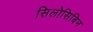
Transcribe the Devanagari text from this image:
सिलोसिबिन